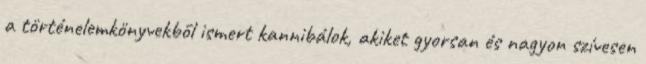
a történelemkönyvekből ismert kannibálok, akiket gyorsan és nagyon szívesen